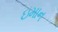
ઇમાન